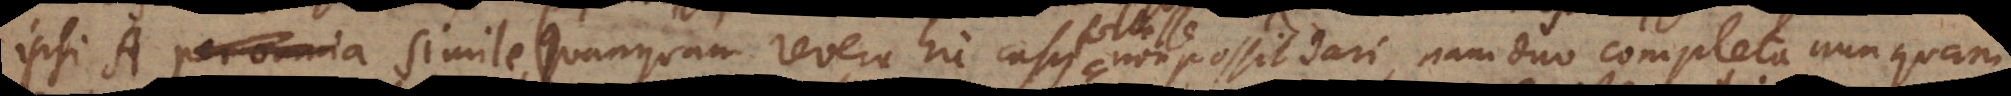
ipsi A per omnia simile (Quanquam revera hic casus non possit dari, nam duo completa nunquam